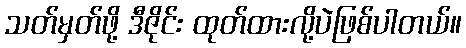
သတ်မှတ်ဖို့ ဒီဇိုင်း ထုတ်ထားလို့ပဲဖြစ်ပါတယ်။